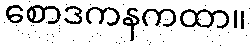
စောဒကနကထာ။